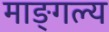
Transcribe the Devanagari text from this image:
माङ्गल्य